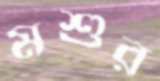
মশুর